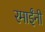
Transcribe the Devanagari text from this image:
रमाईंनी